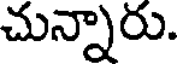
చున్నారు.